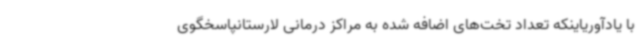
با یادآوریاینکه تعداد تخت‌های اضافه شده به مراکز درمانی لارستانپاسخگوی